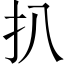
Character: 扒